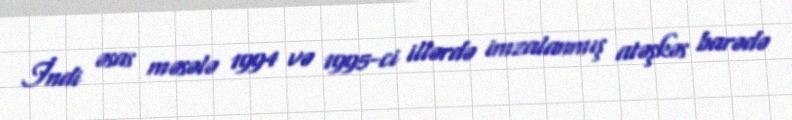
İndi əsas məsələ 1994 və 1995-ci illərdə imzalanmış atəşkəs barədə